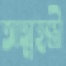
আত্মহন্ত্রী